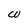
Character: W